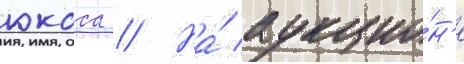
юкоса // На́ аукцио́н'е